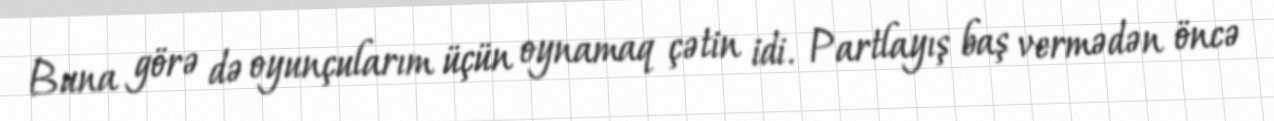
Buna görə də oyunçularım üçün oynamaq çətin idi. Partlayış baş vermədən öncə